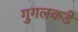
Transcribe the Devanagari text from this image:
गुगलकडे